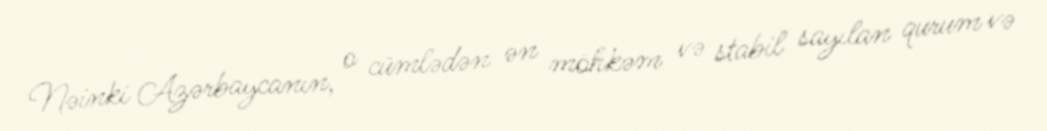
Nəinki Azərbaycanın, o cümlədən ən möhkəm və stabil sayılan qurum və